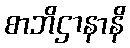
စာဘိဌာနာနိ